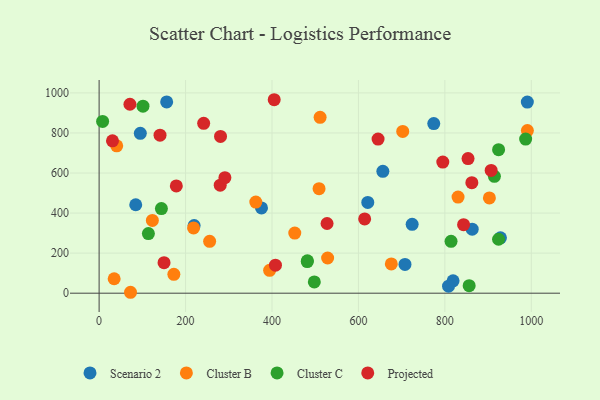
{"axis": {"x": "Ad Spend", "y": "Sales"}, "legend": ["Cluster B", "Cluster C", "Projected", "Scenario 2"], "data": [{"x": "375.7", "y": 425.8, "type": "Scenario 2"}, {"x": "219.8", "y": 337.9, "type": "Scenario 2"}, {"x": "819.0", "y": 62.0, "type": "Scenario 2"}, {"x": "774.3", "y": 846.8, "type": "Scenario 2"}, {"x": "95.3", "y": 798.4, "type": "Scenario 2"}, {"x": "724.3", "y": 343.7, "type": "Scenario 2"}, {"x": "808.5", "y": 35.0, "type": "Scenario 2"}, {"x": "156.3", "y": 955.0, "type": "Scenario 2"}, {"x": "656.5", "y": 608.4, "type": "Scenario 2"}, {"x": "84.7", "y": 441.6, "type": "Scenario 2"}, {"x": "990.8", "y": 954.1, "type": "Scenario 2"}, {"x": "928.6", "y": 276.5, "type": "Scenario 2"}, {"x": "863.2", "y": 319.5, "type": "Scenario 2"}, {"x": "621.6", "y": 453.4, "type": "Scenario 2"}, {"x": "707.7", "y": 143.8, "type": "Scenario 2"}, {"x": "508.9", "y": 521.8, "type": "Cluster B"}, {"x": "452.7", "y": 300.4, "type": "Cluster B"}, {"x": "830.5", "y": 479.8, "type": "Cluster B"}, {"x": "172.9", "y": 94.2, "type": "Cluster B"}, {"x": "40.7", "y": 735.6, "type": "Cluster B"}, {"x": "394.5", "y": 114.2, "type": "Cluster B"}, {"x": "34.8", "y": 72.2, "type": "Cluster B"}, {"x": "362.5", "y": 455.1, "type": "Cluster B"}, {"x": "990.9", "y": 812.0, "type": "Cluster B"}, {"x": "528.7", "y": 175.8, "type": "Cluster B"}, {"x": "123.2", "y": 363.4, "type": "Cluster B"}, {"x": "676.1", "y": 146.3, "type": "Cluster B"}, {"x": "255.7", "y": 258.8, "type": "Cluster B"}, {"x": "702.5", "y": 807.8, "type": "Cluster B"}, {"x": "511.3", "y": 877.8, "type": "Cluster B"}, {"x": "903.0", "y": 475.6, "type": "Cluster B"}, {"x": "72.6", "y": 4.6, "type": "Cluster B"}, {"x": "218.5", "y": 325.8, "type": "Cluster B"}, {"x": "8.1", "y": 857.7, "type": "Cluster C"}, {"x": "114.0", "y": 297.9, "type": "Cluster C"}, {"x": "497.9", "y": 56.5, "type": "Cluster C"}, {"x": "924.3", "y": 716.3, "type": "Cluster C"}, {"x": "914.6", "y": 583.4, "type": "Cluster C"}, {"x": "481.9", "y": 161.4, "type": "Cluster C"}, {"x": "924.2", "y": 269.4, "type": "Cluster C"}, {"x": "101.5", "y": 933.6, "type": "Cluster C"}, {"x": "481.6", "y": 158.1, "type": "Cluster C"}, {"x": "986.9", "y": 769.5, "type": "Cluster C"}, {"x": "144.1", "y": 422.3, "type": "Cluster C"}, {"x": "814.3", "y": 258.8, "type": "Cluster C"}, {"x": "856.2", "y": 37.5, "type": "Cluster C"}, {"x": "408.0", "y": 139.8, "type": "Projected"}, {"x": "527.4", "y": 347.9, "type": "Projected"}, {"x": "140.9", "y": 788.8, "type": "Projected"}, {"x": "795.2", "y": 654.8, "type": "Projected"}, {"x": "853.6", "y": 672.3, "type": "Projected"}, {"x": "280.9", "y": 782.9, "type": "Projected"}, {"x": "178.6", "y": 535.7, "type": "Projected"}, {"x": "30.9", "y": 760.9, "type": "Projected"}, {"x": "907.1", "y": 613.0, "type": "Projected"}, {"x": "280.2", "y": 539.4, "type": "Projected"}, {"x": "645.4", "y": 769.6, "type": "Projected"}, {"x": "843.3", "y": 341.9, "type": "Projected"}, {"x": "71.3", "y": 943.2, "type": "Projected"}, {"x": "291.0", "y": 576.9, "type": "Projected"}, {"x": "150.2", "y": 152.4, "type": "Projected"}, {"x": "862.4", "y": 551.9, "type": "Projected"}, {"x": "241.9", "y": 848.3, "type": "Projected"}, {"x": "614.4", "y": 370.8, "type": "Projected"}, {"x": "405.1", "y": 965.9, "type": "Projected"}]}